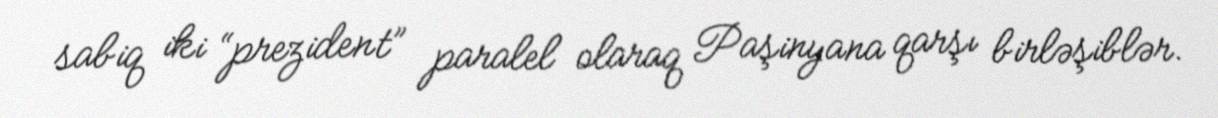
sabiq iki “prezident” paralel olaraq Paşinyana qarşı birləşiblər.